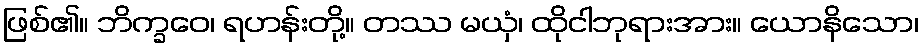
ဖြစ်၏။ ဘိက္ခဝေ၊ ရဟန်းတို့။ တဿ မယှံ၊ ထိုငါဘုရားအား။ ယောနိသော၊